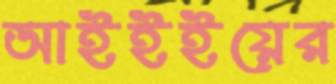
আইইইয়ের